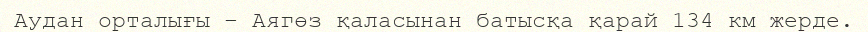
Аудан орталығы – Аягөз қаласынан батысқа қарай 134 км жерде.